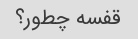
قفسه چطور؟